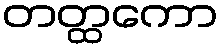
တတ္ထကော